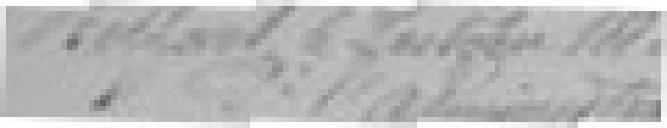
Belfort le 6 octobre 188